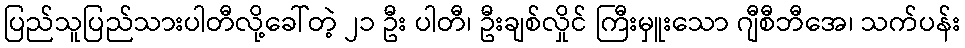
ပြည်သူပြည်သားပါတီလို့ခေါ်တဲ့ ၂၁ ဦး ပါတီ၊ ဦးချစ်လှိုင် ကြီးမှူးသော ဂျီစီဘီအေ၊ သက်ပန်း